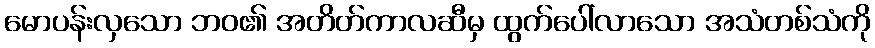
မောပန်းလှသော ဘဝ၏ အတိတ်ကာလဆီမှ ထွက်ပေါ်လာသော အသံတစ်သံကို